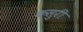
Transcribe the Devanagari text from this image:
कसुरी